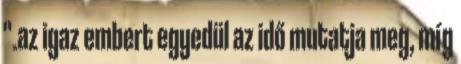
".az igaz embert egyedül az idő mutatja meg, míg